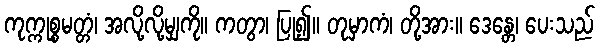
ကုက္ကုစ္စမတ္တံ၊ အလို့လို့မျှကို။ ကတွာ၊ ပြု၍။ တုမှာကံ၊ တို့အား။ ဒေန္တေ၊ ပေးသည်